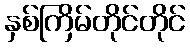
နှစ်ကြိမ်တိုင်တိုင်